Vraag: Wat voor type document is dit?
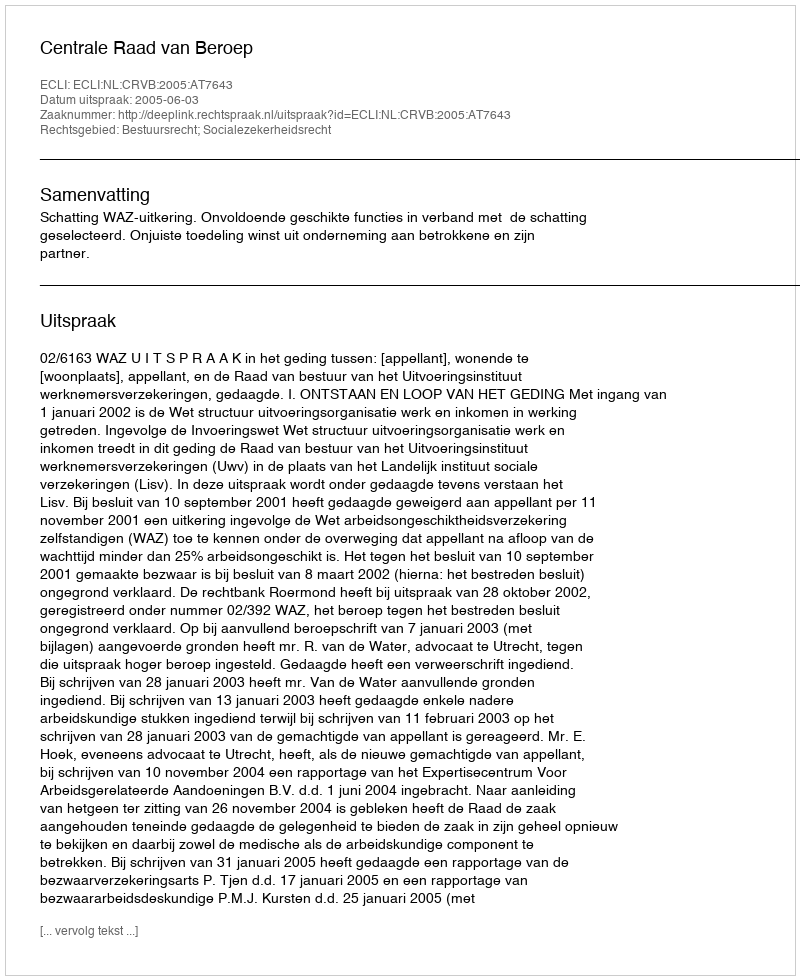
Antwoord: Uitspraak